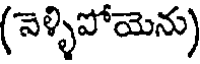
(నెళ్ళిపోయెను)